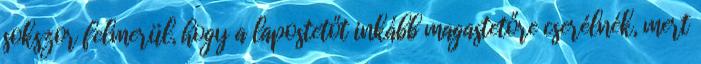
sokszor felmerül, hogy a lapostetőt inkább magastetőre cserélnék, mert